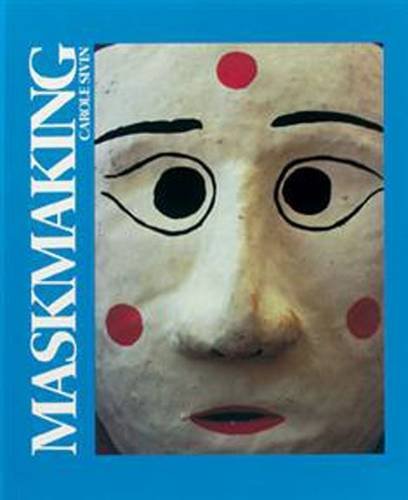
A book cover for Maskmaking; Carole Sivin; Teen & Young Adult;